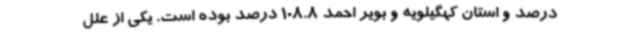
درصد و استان کهگیلویه و بویر احمد 108.8 درصد بوده است. یکی از علل